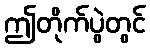
ဤတိုက်ပွဲတွင်